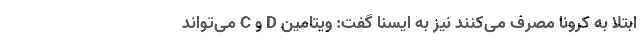
ابتلا به کرونا مصرف می‌کنند نیز به ایسنا گفت: ویتامین D و C می‌تواند